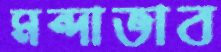
মন্দাভাব